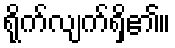
ရိုက်လျက်ရှိ၏။